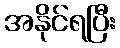
အနိုင်ရပြီး